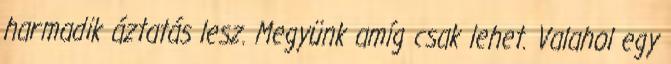
harmadik áztatás lesz. Megyünk amíg csak lehet. Valahol egy